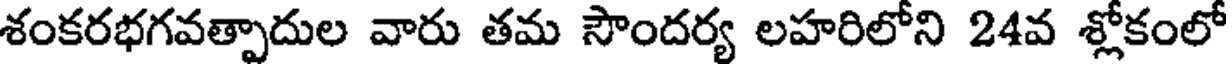
శంకరభగవత్పాదుల వారు తమ సౌందర్య లహరిలోని 24వ శ్లోకంలో